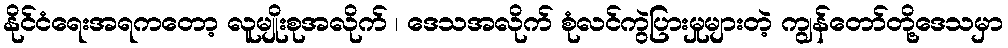
နိုင်ငံရေးအရကတော့ လူမျိုးစုအလိုက် ၊ ဒေသအလိုက် စုံလင်ကွဲပြားမှုများတဲ့ ကျွန်တော်တို့ဒေသမှာ